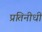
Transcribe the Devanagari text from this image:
प्रतिनीधी